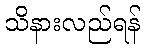
သိနားလည်ရန်